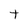
Character: t